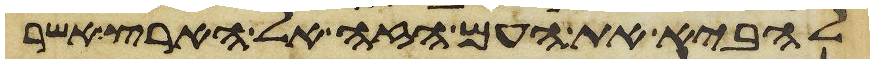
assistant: להביא את העם הזה אל הארץ אשר